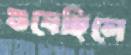
শুষেছিলে